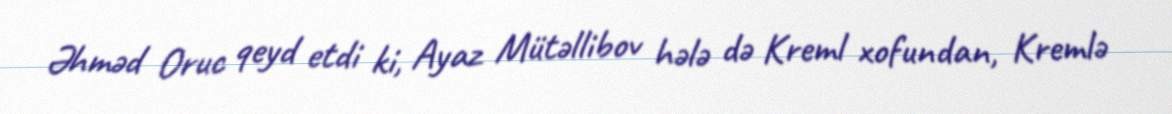
Əhməd Oruc qeyd etdi ki, Ayaz Mütəllibov hələ də Kreml xofundan, Kremlə